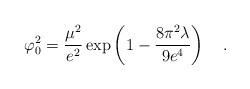
\begin{align*}\varphi_0^2={\mu^2 \over e^2}\exp\left(1 -{8\pi^2 \lambda \over 9e^4}\right)~~~.\end{align*}